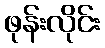
ဖုန်းလိုင်း